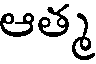
ఆత్మ